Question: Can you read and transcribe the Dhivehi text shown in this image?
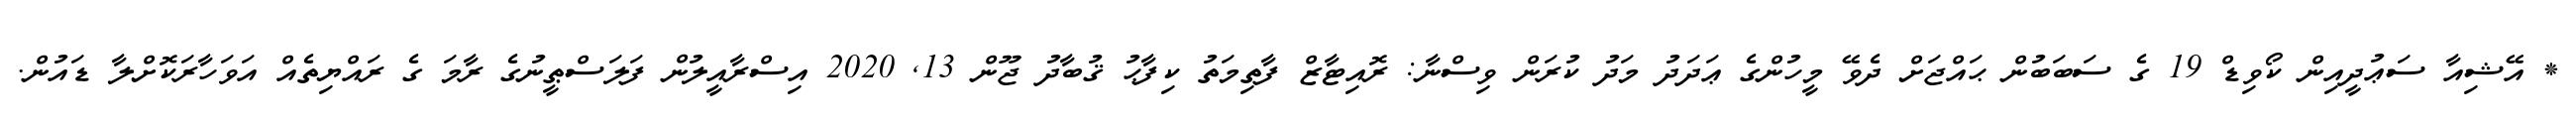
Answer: * އޭޝިއާ ސަޢުދީއިން ކޯވިޑް 19 ގެ ސަބަބުން ޙައްޖަށް ދެވޭ މީހުންގެ ޢަދަދު މަދު ކުރަން ވިސްނާ: ރޮއިޓާޒް ފާތިމަތު ކިފާޙު ޤުބާދު ޖޫން 13, 2020 އިސްރާއީލުން ފަލަސްޠީނުގެ ރާމަ ގެ ރައްޔިތެއް އަވަހާރަކޮށްލާ ޑައުން.